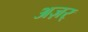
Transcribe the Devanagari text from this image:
अज़र्